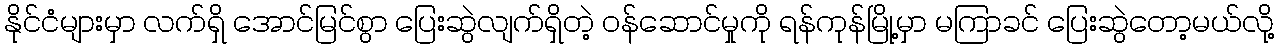
နိုင်ငံများမှာ လက်ရှိ အောင်မြင်စွာ ပြေးဆွဲလျက်ရှိတဲ့ ဝန်ဆောင်မှုကို ရန်ကုန်မြို့မှာ မကြာခင် ပြေးဆွဲတော့မယ်လို့